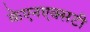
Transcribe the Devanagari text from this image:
केएनएक्सटी